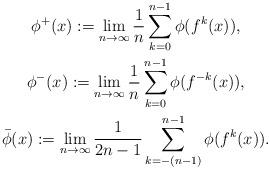
LaTeX: \begin{gather*}\phi^+(x) := \lim _{n \rightarrow \infty}\frac1n \sum^{n-1}_{k=0} \phi(f^k(x)), \\\phi^-(x) := \lim _{n \rightarrow \infty}\frac1n \sum^{n-1}_{k=0} \phi(f^{-k}(x)), \\\bar\phi(x) := \lim _{n \rightarrow \infty}\frac1{2n-1} \sum^{n-1}_{k=-(n-1)} \phi(f^k(x)). \end{gather*}